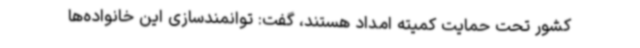
کشور تحت حمایت کمیته امداد هستند، گفت: توانمندسازی این خانواده‌ها